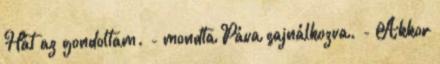
Hát az gondoltam. - mondta Páva sajnálkozva. - Akkor